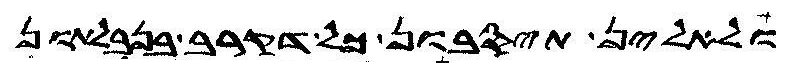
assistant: ולאלין תיסבון כל דקרב בנבלתון